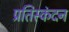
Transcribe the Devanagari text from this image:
प्रतिस्कंदन